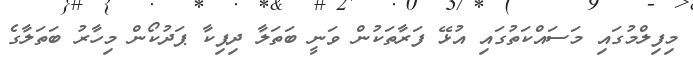
މިފިލްމުގައި މަސައްކަތުގައި އުޅޭ ފަރާތަކުން ވަނީ ބަތަލާ ދިޕިކާ ޕަދުކޯން މިހާރު ބަތަލާގެ